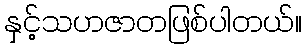
နှင့်သဟဇာတဖြစ်ပါတယ်။